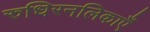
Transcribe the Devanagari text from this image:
रुधिरनलिकाएँ